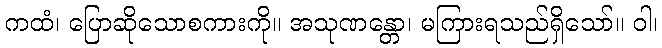
ကထံ၊ ပြောဆိုသောစကားကို။ အသုဏန္တော၊ မကြားရသည်ရှိသော်။ ဝါ၊